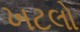
ખટલો